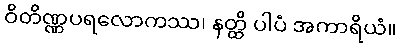
ဝိတိဏ္ဏပရလောကဿ၊ နတ္ထိ ပါပံ အကာရိယံ။